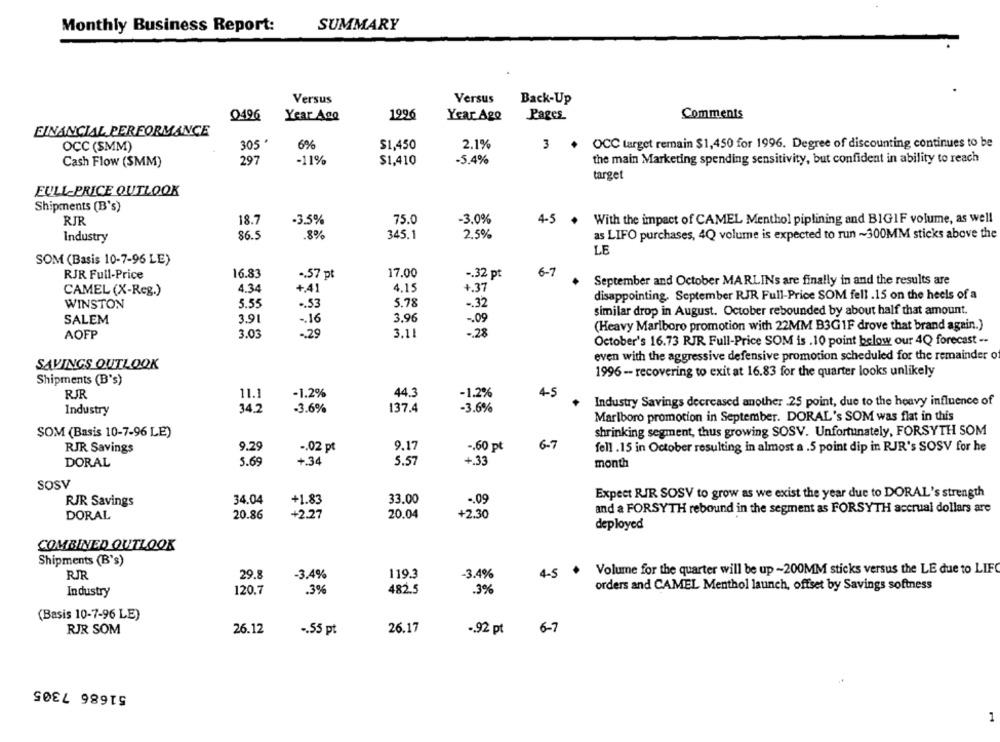
Monthly Business Report:
SUMMARY
Versus
Versus
Back-Up
0496
Year Ago
1996
Year Ago
Pages
Comments
FINANCIAL PERFORMANCE
OCC (SMM)
305 *
6%
$1,450
2.1%
3 .
OCC target remain $1,450 for 1996. Degree of discounting continues to be
Cash Flow (SMM)
297
-11%
$1,410
-5.4%
the main Marketing spending sensitivity, but confident in ability to reach
target
FULL-PRICE OUTLOOK
Shipments (B's)
RJR
18.7
-3.5%
75.0
-3.0%
4-5 +
With the impact of CAMEL Menthol piplining and BIGIF volume, as well
Industry
86.5
.8%
345.1
2.5%
as LIFO purchases, 4Q volume is expected to run ~300MM sticks above the
LE
SOM (Basis 10-7-96 LE)
RJR Full-Price
16.83
.. 57 pt
17.00
-. 32 pt
6-7
September and October MARLINs are finally in and the results are
4.34
+41
4.15
+.37
CAMEL (X-Reg.)
disappointing. September RJR Full-Price SOM fell .15 on the heels of a
WINSTON
5.55
-. 53
5.78
-. 32
similar drop in August. October rebounded by about half that amount.
SALEM
3.91
-. 16
3.96
-. 09
(Heavy Marlboro promotion with 22MM B3GIF drove that brand again.)
3.11
-. 28
AOFP
3.03
-. 29
October's 16.73 RJR Full-Price SOM is .10 point below our 4Q forecast --
even with the aggressive defensive promotion scheduled for the remainder of
SAVINGS OUTLOOK
1996 - recovering to exit at 16.83 for the quarter looks unlikely
Shipments (B's)
RJR
-1.2%
44.3
-1.2%
4-5
11.1
34.2
-3.6%
137.4
-3.6%
Industry Savings decreased another .25 point, due to the heavy influence of
Industry
Marlboro promotion in September. DORAL's SOM was flat in this
SOM (Basis 10-7-96 LE)
shrinking segment, thus growing SOSV. Unfortunately, FORSYTH SOM
9.17
6-7
RJR Savings
9.29
-. 02 pt
-. 60 pt
fell .15 in October resulting in almost a .5 point dip in RJR's SOSV for he
+.33
DORAL
5.69
+.34
5.57
month
SOSV
Expect RIR SOSV to grow as we exist the year due to DORAL's strength
RJR Savings
34.04
+1.83
33.00
.. 09
and a FORSYTH rebound in the segment as FORSYTH accrual dollars are
DORAL
20.86
+2.27
20.04
+2.30
deployed
COMBINED OUTLOOK
Shipments (B's)
Volume for the quarter will be up -200MM sticks versus the LE due to LIFO
RJR
29.8
-3.4%
119.3
-3.4%
4-5
orders and CAMEL Menthol launch, offset by Savings softness
Industry
120.7
.3%
482.5
.3%
(Basis 10-7-96 LE)
RJR SOM
26.12
-. 55 pt
26.17
-. 92 pt
6-7
51686 7305
1